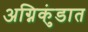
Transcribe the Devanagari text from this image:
अग्निकुंडात